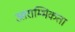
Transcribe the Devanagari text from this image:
आराम्भिकता